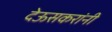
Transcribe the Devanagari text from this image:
देऊसकरांनी